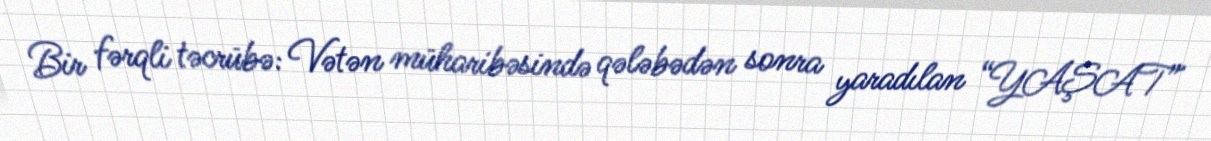
Bir fərqli təcrübə: Vətən müharibəsində qələbədən sonra yaradılan “YAŞAT”